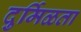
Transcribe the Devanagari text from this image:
दुर्मिळता